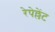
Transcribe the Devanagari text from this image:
रेपेल्लेंट